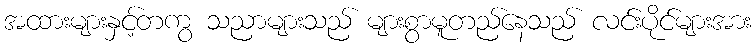
အထားများနှင့်တကွ သညာများသည် များစွာမူတည်နေသည် လင်းပိုင်များအား